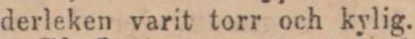
derleken varit torr och kylig.